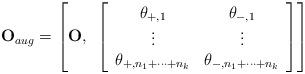
LaTeX: \begin{align*}\mathbf{O}_{aug} = \left[ \mathbf{O},~ \left[\begin{array}{cc}\theta_{+,1} & \theta_{-,1} \\ \vdots & \vdots \\\theta_{+,n_1+\cdots +n_k} & \theta_{-,n_1+\cdots +n_k} \end{array}\right] \right]\end{align*}